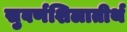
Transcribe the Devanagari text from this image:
सुवर्णशिलातीर्थ